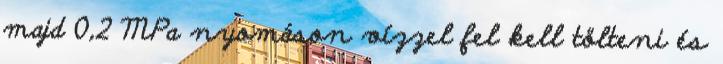
majd 0,2 MPa nyomáson vízzel fel kell tölteni és